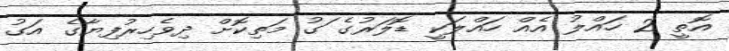
އޮތީ 2 ހައްލު އެއް ހައްލަކީ ޑޮލަރުގެ ަގު މަތިކޮށް ދިވެހިރުފިޔާގެ އަގު